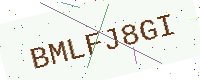
Text: BMLFJ8GI